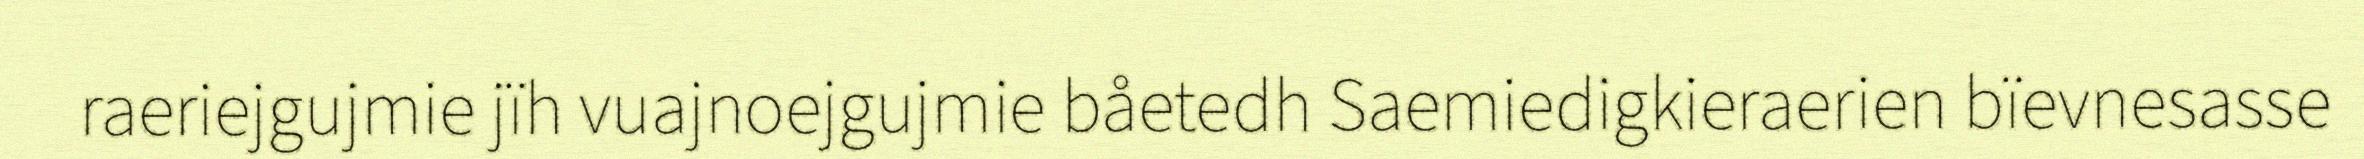
raeriejgujmie jïh vuajnoejgujmie båetedh Saemiedigkieraerien bïevnesasse